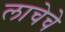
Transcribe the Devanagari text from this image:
लाचेचे